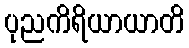
ပုညကိရိယာယာတိ